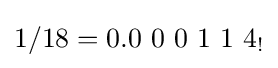
1/18=0.0\ 0\ 0\ 1\ 1\ 4_{!}